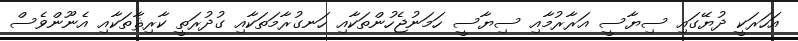
އަހަރަކީ ދުޔޭގައި ސިޔާސީ އަރާރުމާއި ސިޔާސީ ހަމަނުޖެހުންތަކާއި ހަނގުރާމަތަކާއި ގުދުރަތީ ކާރިޘާތަކާއި އެނޫންވެސް